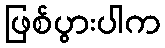
ဖြစ်ပွားပါက